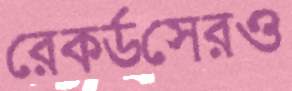
রেকর্ডসেরও